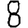
Digit: 8